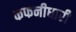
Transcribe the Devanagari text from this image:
कफनीधारी